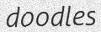
doodles